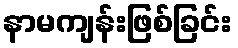
နာမကျန်းဖြစ်ခြင်း